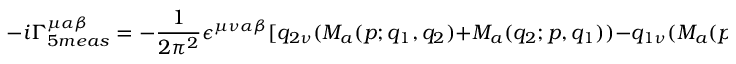
- i \Gamma _ { 5 m e a s } ^ { \mu \alpha \beta } = - \frac { 1 } { 2 \pi ^ { 2 } } \epsilon ^ { \mu \nu \alpha \beta } [ q _ { 2 \nu } ( M _ { a } ( p ; q _ { 1 } , q _ { 2 } ) + M _ { a } ( q _ { 2 } ; p , q _ { 1 } ) ) - q _ { 1 \nu } ( M _ { a } ( p ; q _ { 1 } , q _ { 2 } ) + M _ { a } ( q _ { 1 } ; p , q _ { 2 } ) ) ] .